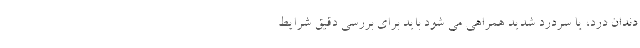
دندان درد، یا سردرد شدید همراهی می شود باید برای بررسی دقیق شرایط